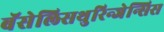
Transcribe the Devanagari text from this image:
बॅसेलिसथुरिन्जेन्सिस